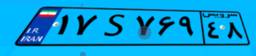
۵۵S۶۸۸۰۶